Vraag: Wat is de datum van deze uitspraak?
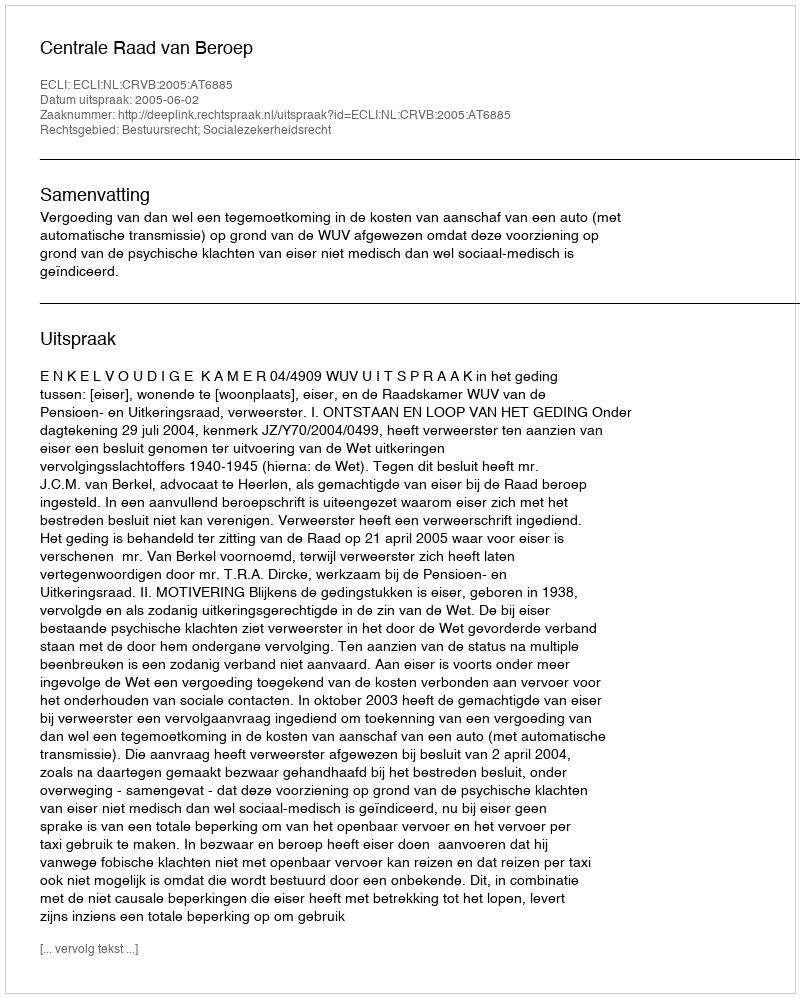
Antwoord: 2005-06-02